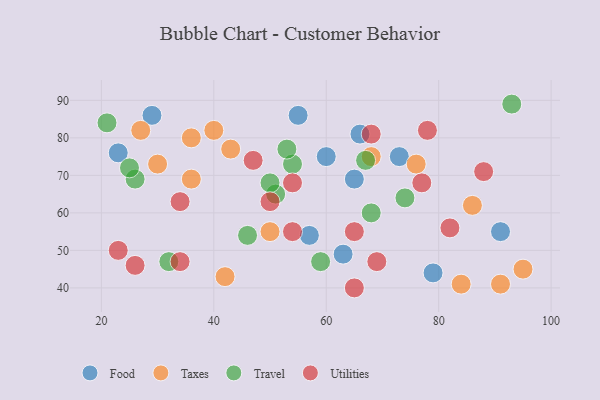
{"axis": {"x": "GDP", "y": "Life Expectancy"}, "legend": ["Food", "Taxes", "Travel", "Utilities"], "data": [{"x": "66", "y": 81, "type": "Food"}, {"x": "73", "y": 75, "type": "Food"}, {"x": "63", "y": 49, "type": "Food"}, {"x": "23", "y": 76, "type": "Food"}, {"x": "29", "y": 86, "type": "Food"}, {"x": "91", "y": 55, "type": "Food"}, {"x": "57", "y": 54, "type": "Food"}, {"x": "79", "y": 44, "type": "Food"}, {"x": "60", "y": 75, "type": "Food"}, {"x": "65", "y": 69, "type": "Food"}, {"x": "55", "y": 86, "type": "Food"}, {"x": "76", "y": 73, "type": "Taxes"}, {"x": "27", "y": 82, "type": "Taxes"}, {"x": "91", "y": 41, "type": "Taxes"}, {"x": "36", "y": 80, "type": "Taxes"}, {"x": "84", "y": 41, "type": "Taxes"}, {"x": "42", "y": 43, "type": "Taxes"}, {"x": "43", "y": 77, "type": "Taxes"}, {"x": "86", "y": 62, "type": "Taxes"}, {"x": "30", "y": 73, "type": "Taxes"}, {"x": "68", "y": 75, "type": "Taxes"}, {"x": "50", "y": 55, "type": "Taxes"}, {"x": "40", "y": 82, "type": "Taxes"}, {"x": "36", "y": 69, "type": "Taxes"}, {"x": "95", "y": 45, "type": "Taxes"}, {"x": "93", "y": 89, "type": "Travel"}, {"x": "26", "y": 69, "type": "Travel"}, {"x": "54", "y": 73, "type": "Travel"}, {"x": "46", "y": 54, "type": "Travel"}, {"x": "67", "y": 74, "type": "Travel"}, {"x": "51", "y": 65, "type": "Travel"}, {"x": "53", "y": 77, "type": "Travel"}, {"x": "74", "y": 64, "type": "Travel"}, {"x": "59", "y": 47, "type": "Travel"}, {"x": "50", "y": 68, "type": "Travel"}, {"x": "21", "y": 84, "type": "Travel"}, {"x": "25", "y": 72, "type": "Travel"}, {"x": "32", "y": 47, "type": "Travel"}, {"x": "68", "y": 60, "type": "Travel"}, {"x": "47", "y": 74, "type": "Utilities"}, {"x": "34", "y": 47, "type": "Utilities"}, {"x": "26", "y": 46, "type": "Utilities"}, {"x": "50", "y": 63, "type": "Utilities"}, {"x": "34", "y": 63, "type": "Utilities"}, {"x": "68", "y": 81, "type": "Utilities"}, {"x": "65", "y": 40, "type": "Utilities"}, {"x": "88", "y": 71, "type": "Utilities"}, {"x": "65", "y": 55, "type": "Utilities"}, {"x": "54", "y": 55, "type": "Utilities"}, {"x": "78", "y": 82, "type": "Utilities"}, {"x": "54", "y": 68, "type": "Utilities"}, {"x": "82", "y": 56, "type": "Utilities"}, {"x": "23", "y": 50, "type": "Utilities"}, {"x": "69", "y": 47, "type": "Utilities"}, {"x": "77", "y": 68, "type": "Utilities"}]}